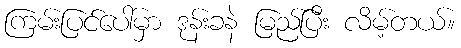
ကြမ်းပြင်ပေါ်မှာ ဒုန်းခနဲ မြည်ပြီး လိမ့်တယ်။